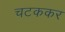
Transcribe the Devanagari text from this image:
चटककर